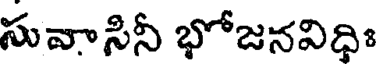
సువాసినీ భోజనవిధిః